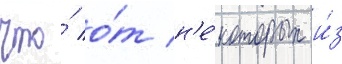
что́ о́т н'е́которых и́з